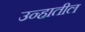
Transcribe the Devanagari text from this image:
उन्हातील